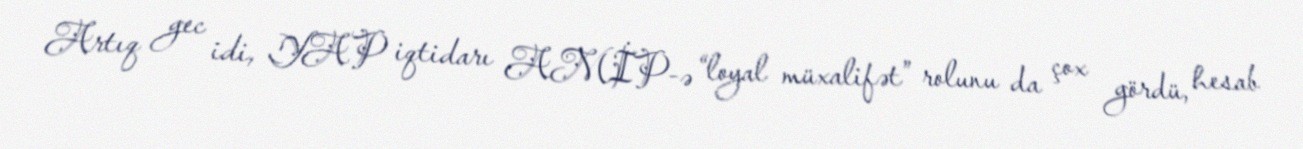
Artıq gec idi, YAP iqtidarı AMİP-ə “loyal müxalifət” rolunu da çox gördü, hesab